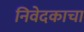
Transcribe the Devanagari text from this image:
निवेदकाचा